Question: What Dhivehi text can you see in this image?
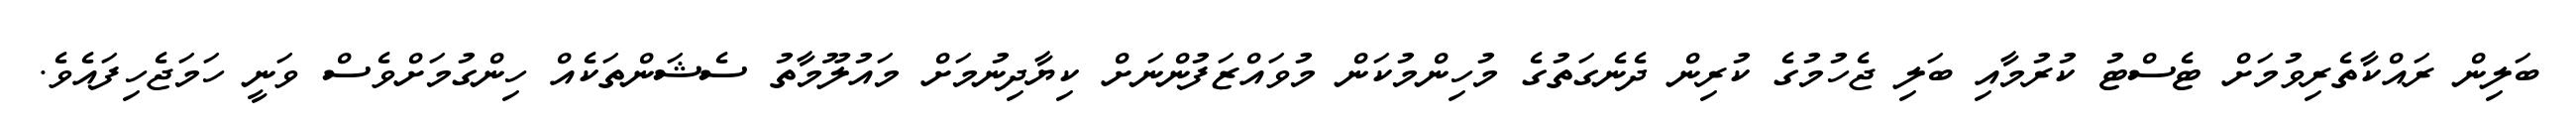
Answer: ބަލިން ރައްކާތެރިވުމަށް ޓެސްޓު ކުރުމާއި ބަލި ޖެހުމުގެ ކުރިން ދެނެގަތުގެ މުހިންމުކަން މުވައްޒަފުންނަށް ކިޔާދިނުމަށް މައުލޫމާތު ސެޝަންތަކެއް ހިންގުމަށްވެސް ވަނީ ހަމަޖެހިފައެވެ.